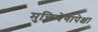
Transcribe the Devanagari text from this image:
मुक्तिवेगापेक्षा